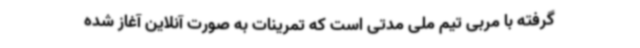
گرفته با مربی تیم ملی مدتی است که تمرینات به صورت آنلاین آغاز شده